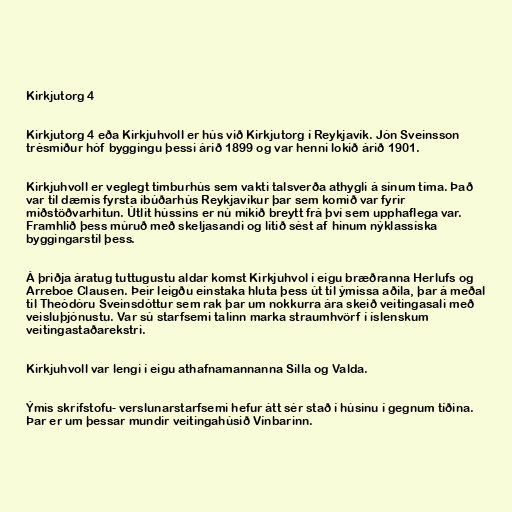
Kirkjutorg 4

Kirkjutorg 4 eða Kirkjuhvoll er hús við Kirkjutorg í Reykjavík. Jón Sveinsson
trésmiður hóf byggingu þessi árið 1899 og var henni lokið árið 1901.

Kirkjuhvoll er veglegt timburhús sem vakti talsverða athygli á sínum tíma. Það
var til dæmis fyrsta íbúðarhús Reykjavíkur þar sem komið var fyrir
miðstöðvarhitun. Útlit hússins er nú mikið breytt frá því sem upphaflega var.
Framhlið þess múruð með skeljasandi og lítið sést af hinum nýklassíska
byggingarstíl þess.

Á þriðja áratug tuttugustu aldar komst Kirkjuhvol í eigu bræðranna Herlufs og
Arreboe Clausen. Þeir leigðu einstaka hluta þess út til ýmissa aðila, þar á meðal
til Theódóru Sveinsdóttur sem rak þar um nokkurra ára skeið veitingasali með
veisluþjónustu. Var sú starfsemi talinn marka straumhvörf í íslenskum
veitingastaðarekstri.

Kirkjuhvoll var lengi í eigu athafnamannanna Silla og Valda.

Ýmis skrifstofu- verslunarstarfsemi hefur átt sér stað í húsinu í gegnum tíðina.
Þar er um þessar mundir veitingahúsið Vínbarinn.